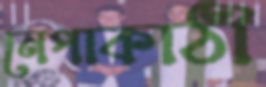
নেপাকাঠী